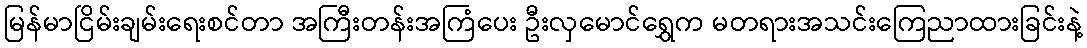
မြန်မာငြိမ်းချမ်းရေးစင်တာ အကြီးတန်းအကြံပေး ဦးလှမောင်ရွှေက မတရားအသင်းကြေညာထားခြင်းနဲ့